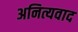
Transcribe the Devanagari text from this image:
अनित्यवाद